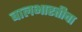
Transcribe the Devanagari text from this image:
बालभारतीचा